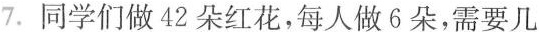
7.同学们做42朵红花，每人做6朵，需要几